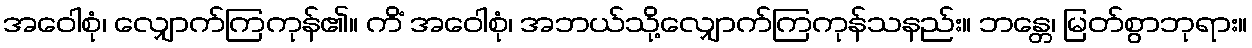
အဝေါစုံ၊ လျှောက်ကြကုန်၏။ ကိံ အဝေါစုံ၊ အဘယ်သို့လျှောက်ကြကုန်သနည်း။ ဘန္တေ၊ မြတ်စွာဘုရား။